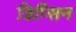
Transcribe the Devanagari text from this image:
डिप्सिन